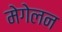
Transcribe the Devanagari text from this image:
मेगेलन